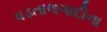
વડતાલગાદીના